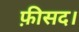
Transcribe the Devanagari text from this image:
फ़ीसद।